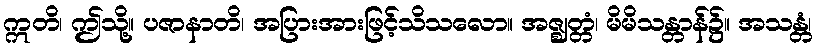
ဣတိ၊ ဤသို့။ ပဇာနာတိ၊ အပြားအားဖြင့်သိသလော။ အဇ္ဈတ္တံ၊ မိမိသန္တာန်၌။ အသန္တံ၊